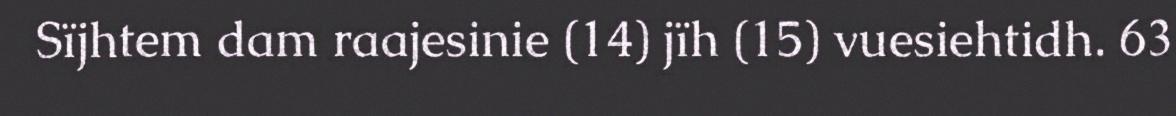
Sïjhtem dam raajesinie (14) jïh (15) vuesiehtidh. 63